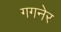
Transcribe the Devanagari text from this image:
गगनेर